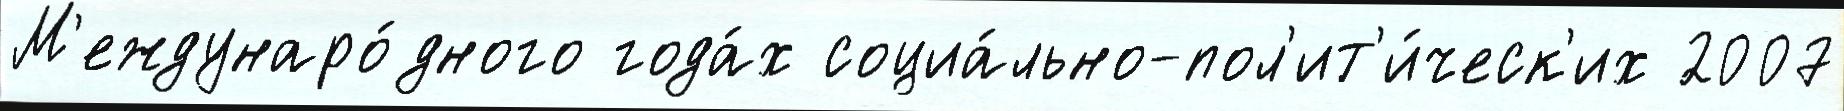
М'еждунаро́дного года́х социа́льно-пол'ит'и́ческ'их 2007